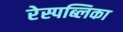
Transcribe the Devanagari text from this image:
रेस्पब्लिका